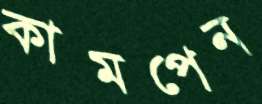
কামপেন